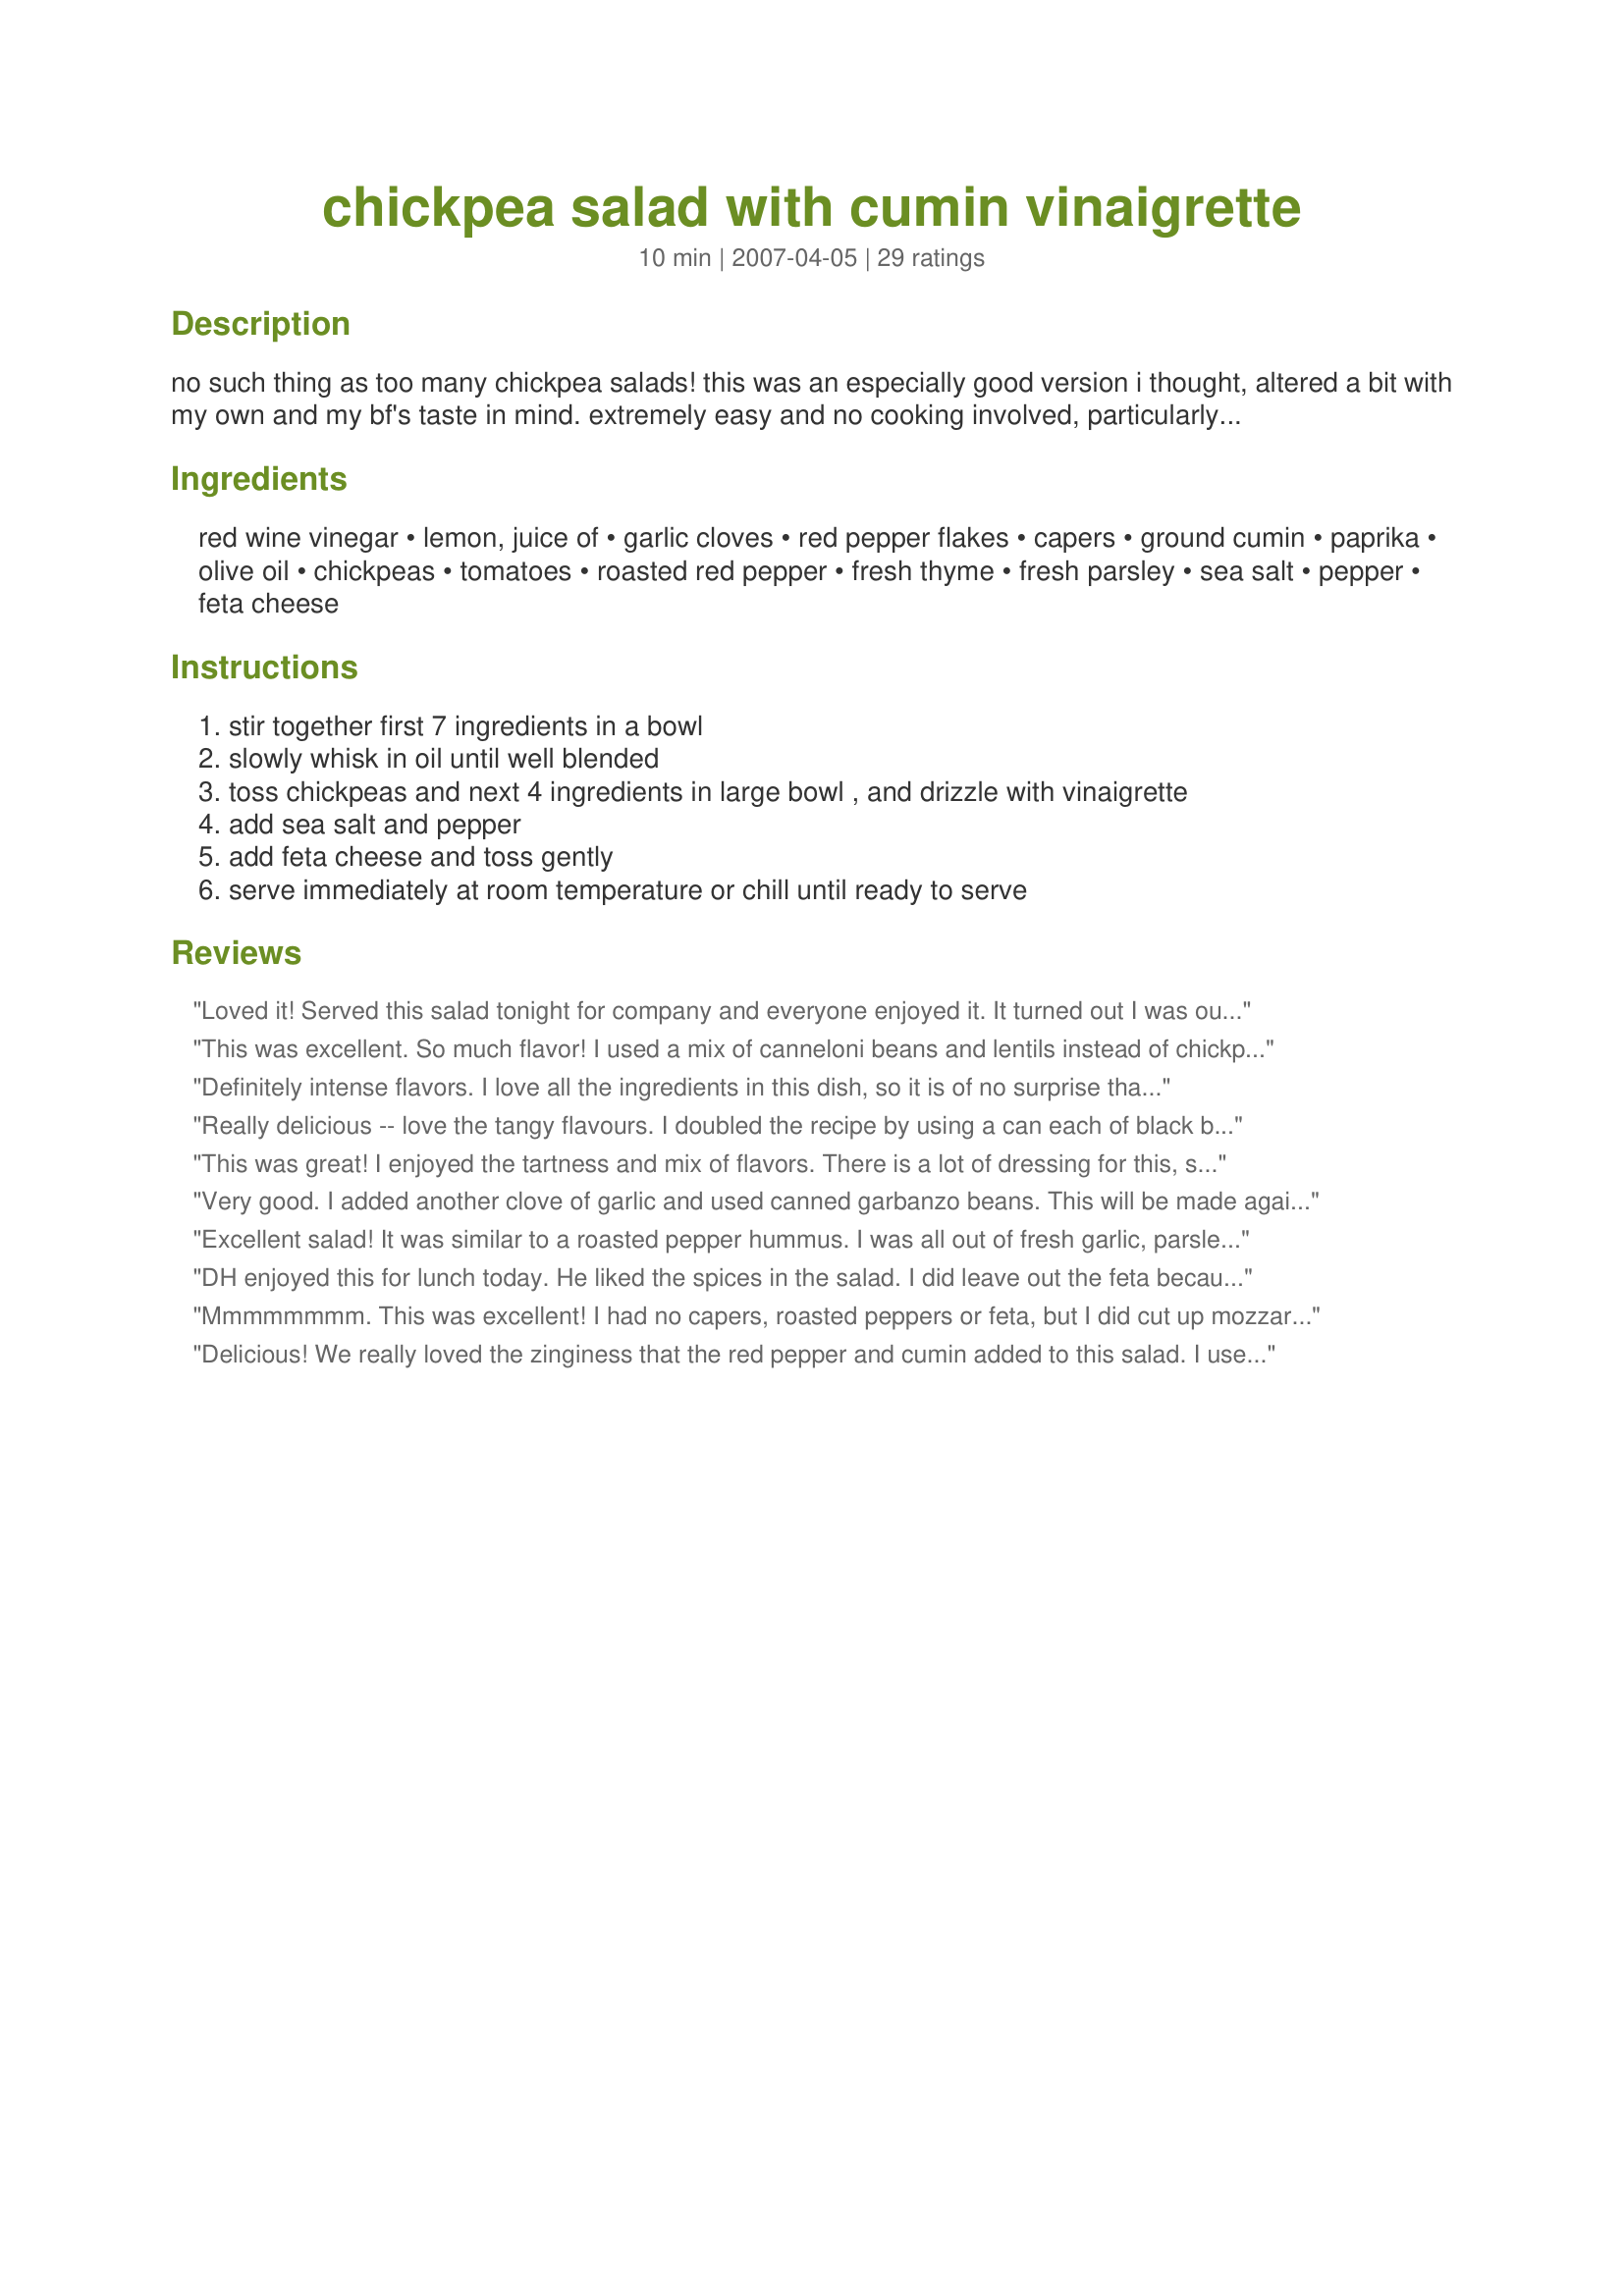
chickpea salad with cumin vinaigrette
Preparation time: 10 minutes

no such thing as too many chickpea salads! this was an especially good version i thought, altered a bit with my own and my bf's taste in mind. extremely easy and no cooking involved, particularly good for lunch at the office or a weekend picnic since it's best at room temperature. if you'd like to make this for a no-cook summer dinner, it's a main meal for two (with a side of green vegetables) or a side dish for four. a sara foster recipe from the 4/2007 version of cottage living.

Ingredients:
red wine vinegar, lemon, juice of, garlic cloves, red pepper flakes, capers, ground cumin, paprika, olive oil, chickpeas, tomatoes, roasted red pepper, fresh thyme, fresh parsley, sea salt, pepper, feta cheese

Steps:
stir together first 7 ingredients in a bowl
slowly whisk in oil until well blended
toss chickpeas and next 4 ingredients in large bowl , and drizzle with vinaigrette
add sea salt and pepper
add feta cheese and toss gently
serve immediately at room temperature or chill until ready to serve

Reviews:
Loved it! Served this salad tonight for company and everyone enjoyed it. It turned out I was out of Feta so I used shredded parmesan instead. Thank you Kumquat for a lovely salad. Made for ZWT, please see my rating system as I rate tougher than most.
This was excellent. So much flavor! I used a mix of canneloni beans and lentils instead of chickpeas (which are too hard to find in Korea), and it was still great! I also used dried thyme and parsley so cut the amount in half.
Definitely intense flavors. I love all the ingredients in this dish, so it is of no surprise that it was enjoyed. The only changes I made were to decrease cumin to 1 tsp, decreased the oil to 1 tsp (and didn't miss it), used a couple pinches of dried thyme instead of fresh (it's raining and I was too lazy to run out and pick me some LOL) and I omitted the salt (didn't miss it). I did add a pinch of sugar, as per another reviewers recommendation which was perfect. I felt the lemon and cumin (even though I only added 1 tsp) overpowered the dish a bit. I would consider making it again and decrease both those ingredients to sheer bliss! THanks for posting.
Really delicious -- love the tangy flavours. I doubled the recipe by using a can each of black beans and chick peas.
This was great! I enjoyed the tartness and mix of flavors. There is a lot of dressing for this, so you could easily make less. Thanks for another yummy recipe!
Very good. I added another clove of garlic and used canned garbanzo beans. This will be made again and again. Thanks for posting!
Excellent salad! It was similar to a roasted pepper hummus. I was all out of fresh garlic, parsley and thyme when I made it, but the dried worked fine since it sat overnight before I served it. I had requests for the recipe, which is always a good sign. I really liked the capers in it too. I'll be making this one again. Thanks for posting!
DH enjoyed this for lunch today. He liked the spices in the salad. I did leave out the feta because he dislikes cheese. Made for ZWT 4
Mmmmmmmm. This was excellent! I had no capers, roasted peppers or feta, but I did cut up mozzarella and it went down very, very nice. I can't wait to see what it tastes like tomorrow after marinating!
Delicious! We really loved the zinginess that the red pepper and cumin added to this salad. I used canned chickpeas, and because my family is not fond of feta, I substituted fresh grated Parmesan instead. Also, I added a pinch of sugar to cut the tartness a bit. This salad goes together very quickly and easily and is so full of flavor. Thank you for sharing this wonderful salad. 
*Made for ZWT*
Love this. All the flavours were intense and blended well together. The cumin vinaigrette was very flavourful and well-suited to this salad. Thanks.
Followed recipe but didn't have fresh thyme so I subbed a little dried. Doubled recipe and took it to a burger cookout. It was a great side dish and a nice change from baked beans! Very flavorful and looked pretty as well. Will definitely be making again.
This is a great salad...I adore chickpeas and the vinaigrette dressing of this recipe is a fantastic new way to enjoy them. I had a roasted red pepper and some roasted garlic on hand so I used them instead of the jarred version...I did all the rest per Kumquat's instructions. I LOVED this dressing...the heat of the red pepper/cumin/paprika & the salty sweetness of the caper all complimented the buttery bean wonderfully. The thyme and and parsley were perfect additions. I almost skipped the feta because I felt it was finished without it - but after deciding to add some, did a taste test... liked the extra layer of flavor and added a full 1/4 cup. A wonderful combination of ingredients...a simple salad that has a unique quality of flavors making it special...PERFECT for the warmer weather when you want to enjoy something tasty, yet not involve yourself with too much prepping. I thought this was a clever twist on a summer salad and like the fact that you really could enjoy it year round because of the easily accessible ingredients!! Thanks so much for sharing!!
Six hungry exchange students -- some vegetarian and some not -- inhaled a double batch of this sensational salad. They asked for it again the next day, and I was happy to oblige. Love the tartness. This is a keeper.
Wow, this salad was wonderful! DH nearly ate the entire thing by himself... thankfully, there is just a smidge leftover which I plan to eat in a lettuce lined pita at lunch today. Beautiful colors in this salad which accents with the bright taste from the lemon just right. Made for ZWT6.
I have been wanting to try this recipe for sometime. Quick and easy but most of all delicious! 100 times better than the chick pea salads I have been purchasing. A keeper for sure.
Very nice, especially the cumin vinaigrette.
used roasted tomatoes and cooked chickpeas. Very good and unusual. Chilling the salad allows the flavors to meld.
This is delicious stuff. Very intensely flavored. I tossed the leftovers with some leftover pasta and had a wonderful lunch the next day. Thanks for a great recipe!
LOVED it! Wonderful blend of flavours. I didn't have jarred pepper so I roasted 1 along with a couple of garlic cloves. I added in smoked paprika and used dried thyme and parsley instead of fresh (reduced the amount by half). Loved the addition of feta cheese. I chilled it for a few hours before serving. Thank you for sharing, definitely will be making it agian.
Delicious and refreshing! This is even better the next day. Thanks so much!
I have a difficult time with &quot;meat&quot; proteins. I just think they are icky. JMO folks. Anyway, I made this with a little brown and wild rice (so it would make a complete protein) AND IT WAS AWESOME. Even my husband enjoyed it; he would normally prefer a filet. I&#039;m thrilled I&#039;ve also cut in some spinach (blanched) and broccoli at times. He belly-ached about that, oh well. Let him cook next time. Great recipe.
Very flavourful! I only used the juice of 1/2 lemon and didn&#039;t miss more; I also omitted the salt as I felt the feta cheese would provide enough saltiness (it did!). Really good: I think you could easily use more chickpeas and tomatoes with the same amount of vinaigrette, and still have an incredibly flavourful salad. Oh nom! Thank you for sharing!
I was actually looking for a cumin vinaigrette to use as a salad dressing, since I was making enchiladas tonight, and decided to use the dressing part of this recipe. Minus the capers, since I'm not a fan of them, this worked perfectly!
So very good! I did have to use white beans. I really though I had cheak peas when I went to make this recipe. But these do work very good in this recipe. I also used smoked paprika.Love the cumin! Thank you!
This is superb! It is so quick to make and I almost always have the ingredients on hand. I tried it before adding the feta and thought it was very good without it, but like another reviewer said it adds another whole layer of flavor. If using feta, definitely season with salt and pepper after adding the feta so it isn't too salty. I cut way back on the thyme due to personal preference but otherwise followed the recipe exactly. This will definitely go into the summer lunch rotation. Thanks Kumquat! Made and reviewed for ZWT4.
OMG! This salad beats out every other chickpea salad I've ever had. I love that it's spicy! The tomatoe cuts the spicyness, the feta compliments the salad perfectly and the vinegrette is so 
flavorful. The only change I made was to leave out the capers. Made for Vegn Swap 8. I will make again and again.
Light and refreshing flavor...very tasty! DH loved this!! We will definitely make this again. Thanks for posting!
I LOVE this salad! And I agree, you can't have too many chickpea salads, but this one will get many repeats. I roasted my own red pepper & used Roma tomatoes. I loved the feta cheese in this salad! Absolutely delicious, Kumsie, thanks for sharing it! :) Made & enjoyed for ZWT-6 Team Xtra Hot Dishes!
